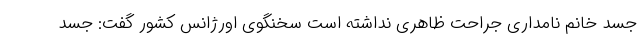
جسد خانم نامداری جراحت ظاهری نداشته است سخنگوی اورژانس کشور گفت: جسد